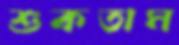
শুকতাম